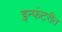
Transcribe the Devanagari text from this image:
इन्फंटरीत